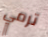
ترمي